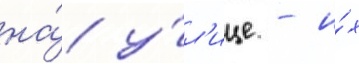
на́ у́л'ице - и́х